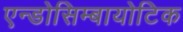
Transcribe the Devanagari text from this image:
एन्डोसिम्बायोटिक